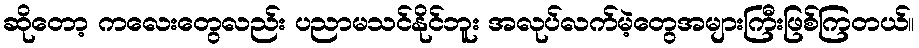
ဆိုတော့ ကလေးတွေလည်း ပညာမသင်နိုင်ဘူး အလုပ်လက်မဲ့တွေအများကြီးဖြစ်ကြတယ်။